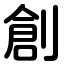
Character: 創